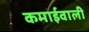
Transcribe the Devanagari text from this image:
कमाईवाली